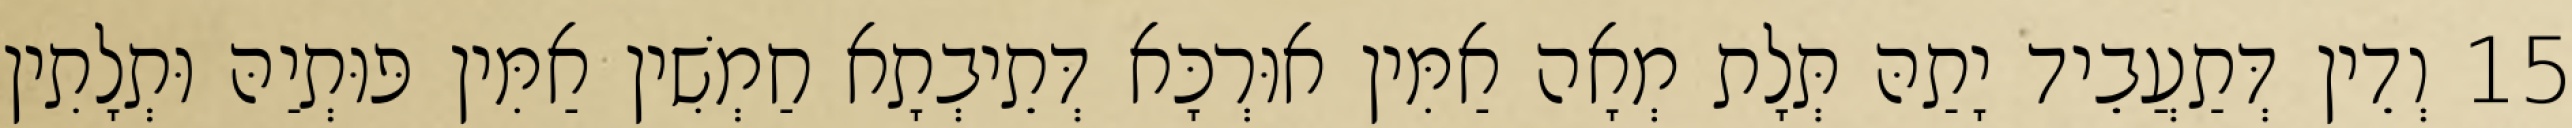
15 וְדֵין דְּתַעֲבֵיד יָתַהּ תְּלָת מְאָה אַמִּין אוּרְכָּא דְּתֵיבְתָא חַמְשִׁין אַמִּין פּוּתְיַהּ וּתְלָתִין